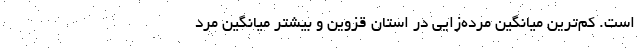
است. کم‌ترین میانگین مرده‌زایی در استان قزوین و بیشتر میانگین مرد